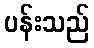
ပန်းသည်